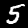
Label: 5